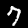
Label: 7